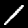
Label: 1